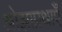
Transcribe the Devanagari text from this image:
ओझाप्रथाएँ